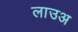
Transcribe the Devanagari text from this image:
लाउअ